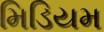
મિડિયમ